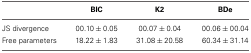
<table><thead><tr><td></td><td><b>BIC</b></td><td><b>K2</b></td><td><b>BDe</b></td></tr></thead><tbody><tr><td>JS divergence</td><td>00.10 ± 0.05</td><td>00.07 ± 0.04</td><td>00.06 ± 00.04</td></tr><tr><td>Free parameters</td><td>18.22 ± 1.83</td><td>31.08 ± 20.58</td><td>60.34 ± 31.14</td></tr></tbody></table>